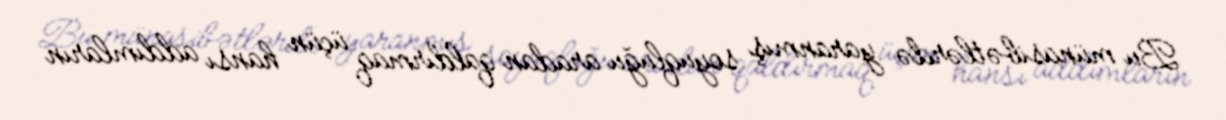
Bu münasibətlərdə yaranmış soyuqluğu aradan qaldırmaq üçün hansı addımların